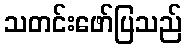
သတင်းဖော်ပြသည်